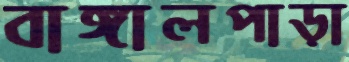
বাঙ্গালপাড়া